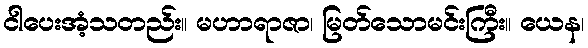
ငါပေးအံ့သတည်း။ မဟာရာဇာ၊ မြတ်သောမင်းကြီး။ ယေန၊